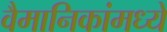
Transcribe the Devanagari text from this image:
वैमानिकांमध्ये